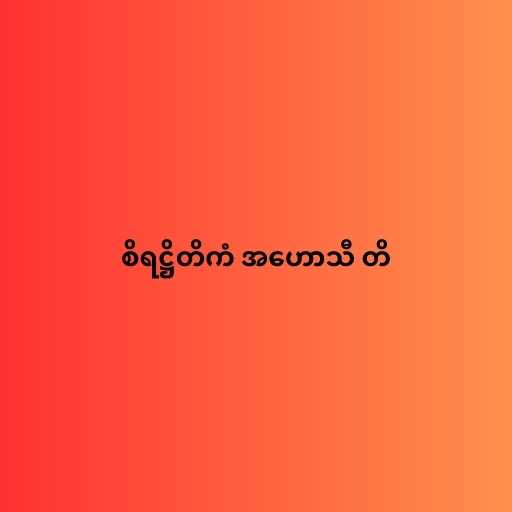
စိရဋ္ဌိတိကံ အဟောသီ တိ